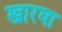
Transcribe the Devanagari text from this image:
खारवा